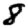
Digit: 8